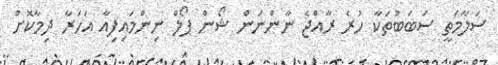
ސަލާމަތީ ސަބަބުތަކާ ހުރެ ރާއްޖެ ނާންނަން ޝޯން ޕޯލް ނިންމައިފިއާ އަހަރާ ދިމާކޮށް